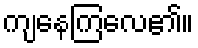
ကျနေကြလေ၏။